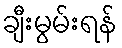
ချီးမွမ်းရန်